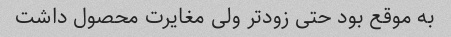
به موقع بود حتی زودتر ولی مغایرت محصول داشت